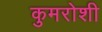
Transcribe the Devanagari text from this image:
कुमरोशी